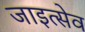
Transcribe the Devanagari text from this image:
जाइत्सेव